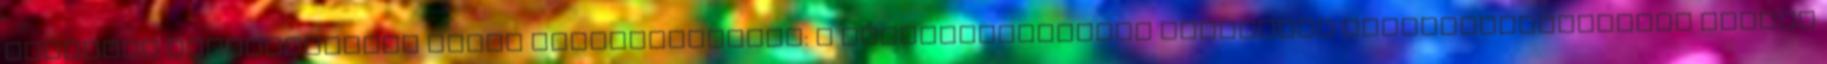
engedély jogosultjának helyi képviseletéhez: A betegtájékoztató legutóbbi felülvizsgálatának dátuma